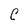
Character: C